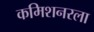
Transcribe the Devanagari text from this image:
कमिशनरला